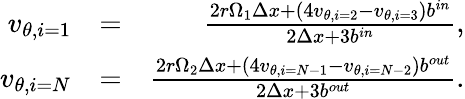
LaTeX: \begin{array}{rlr}{v_{\theta,i=1}}&{=}&{\frac{2r\Omega_{1}\Delta x+(4v_{\theta,i=2}-v_{\theta,i=3})b^{in}}{2\Delta x+3b^{in}},}\\ {v_{\theta,i=N}}&{=}&{\frac{2r\Omega_{2}\Delta x+(4v_{\theta,i=N-1}-v_{\theta,i=N-2})b^{out}}{2\Delta x+3b^{out}}.}\end{array}